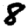
Digit: 8